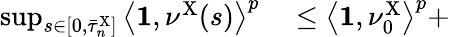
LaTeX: \begin{array}{rl}{\operatorname*{sup}_{s\in[0,\bar{\tau}_{n}^{\mathrm{X}}]}\left\langle\mathbf{1},\nu^{\mathrm{X}}(s)\right\rangle^{p}}&{{}\leq\left\langle\mathbf{1},\nu_{0}^{\mathrm{X}}\right\rangle^{p}+}\end{array}